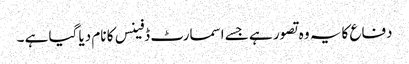
دفاع کا یہ وہ تصور ہے جسے اسمارٹ ڈفینس کا نام دیا گیا ہے ۔